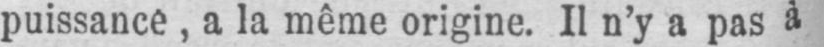
puissance, a la même origine. Il n’y a pas à